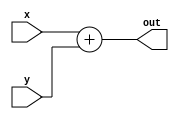
module add(x, y, out);
input [31:0] x, y;
output [31:0] out;

assign out = x + y;

endmodule